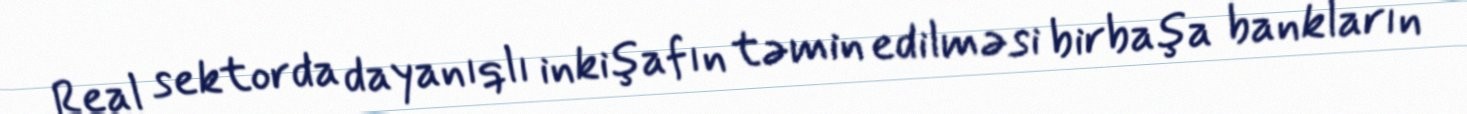
Real sektorda dayanıqlı inkişafın təmin edilməsi birbaşa bankların